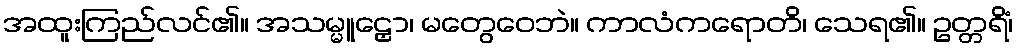
အထူးကြည်လင်၏။ အသမ္မူဠှော၊ မတွေဝေဘဲ။ ကာလံကရောတိ၊ သေရ၏။ ဥတ္တရိံ၊